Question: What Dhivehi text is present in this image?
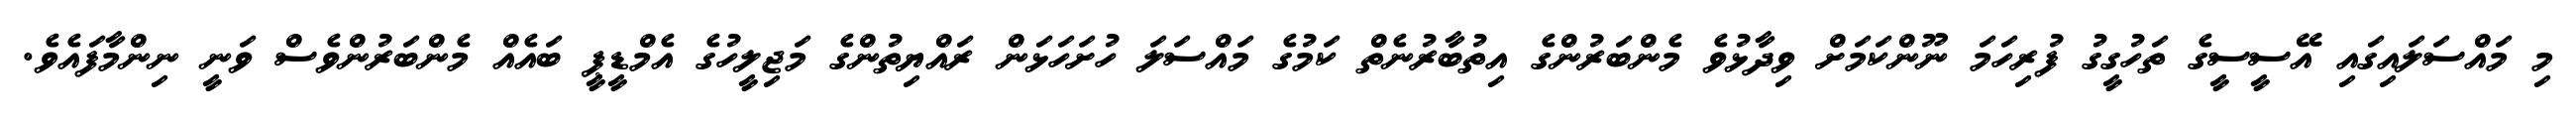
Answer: މި މައްސަލައިގައި އޭސީސީގެ ތަހުގީގު ފުރިހަމަ ނޫންކަމަށް ވިދާޅުވެ މެންބަރުންގެ އިތުބާރުނެތް ކަމުގެ މައްސަލަ ހުށަހަޅަން ރައްޔިތުންގެ މަޖިލީހުގެ އެމްޑީޕީ ބައެއް މެންބަރުންވެސް ވަނީ ނިންމާފައެވެ.